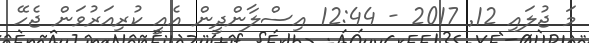
މަ ޖުލައި 12